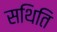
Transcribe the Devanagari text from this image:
सथिति